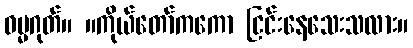
ဓမ္မဂုတ်။ ။ကိုယ်တော်ကကော ငြင်းနေသေးသလား။